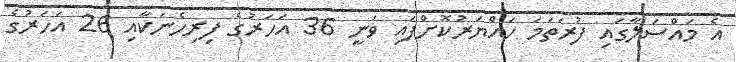
އެ މައްސަލާގައި ފުރަތަމަ ހައްޔަރުކޮށްފައި ވަނީ 36 އަހަރުގެ ފިރިހެނަކާއި 26 އަހަރުގެ